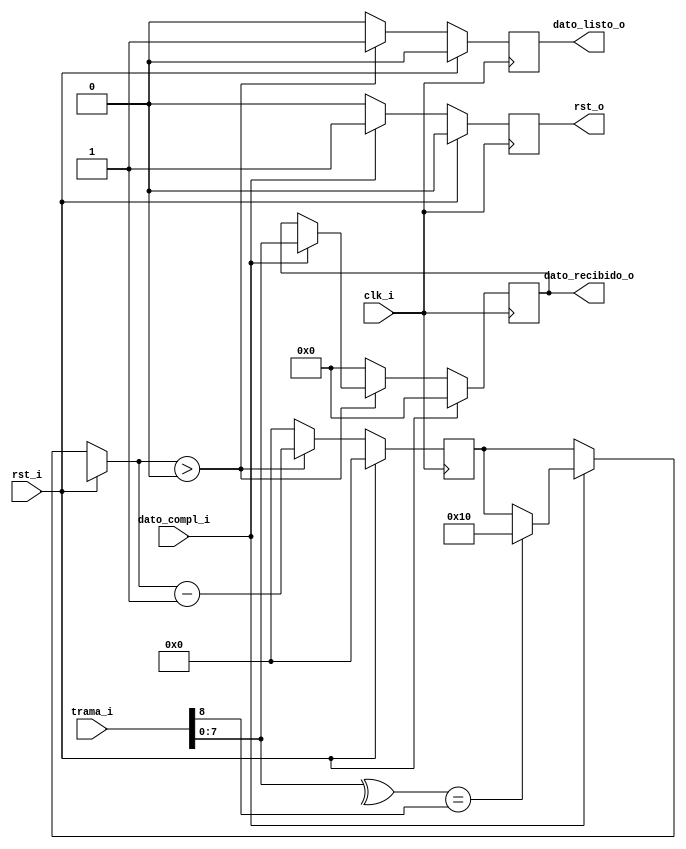
`timescale 1ns / 1ps
//////////////////////////////////////////////////////////////////////////////////
module check_dato(
     input [9:0] trama_i,
     input dato_compl_i,
     input rst_i,
     input clk_i,
     output [7:0] dato_recibido_o,
     output dato_listo_o,
     output rst_o
);
 
    reg [7:0] trama_aux;    
    reg dato_listo_aux;
    reg rst_aux;
    reg flag_error;
    reg [4:0] count;

    assign dato_recibido_o = trama_aux;
    assign dato_listo_o = dato_listo_aux;
    assign rst_o = rst_aux;

    always @(posedge clk_i) begin
        //Seal de reset.
        if(rst_i)begin
            count      = 0;
            trama_aux  = 0;
            flag_error = 0;
            rst_aux    = 0;
            dato_listo_aux =0;
        end else begin            
            //En caso de no recibir solicitud de envo
            if(!dato_compl_i)begin                        
                rst_aux     = 0;
                flag_error  = 0;          
            //Si recib solicitud de envo de dato entonces se procede a chequear el dato y habilitar nuevamente el receptor
            end else begin
                flag_error = ( trama_i[9] == 0 )              ? 1 : 0;   //bit stop
                trama_aux  = {trama_i[7:0]};                             //Paridad
                flag_error = ( (^trama_aux) == (trama_i[8]) ) ? 0 : 1;
                //Si flag error no indica error se procede a habilitar el envo del dato
                if(!flag_error)begin                                     
                    trama_aux      = trama_aux;
                    dato_listo_aux = 1;
                    count          = 16; //Tiempo en que dejo la trama para el contestador
                end
                //Una vez que termina el proceso de chequeo habilito nuevamente receptor con un reset general
                rst_aux = 1;                      
            end
           //Envo del dato si fue habilitado el contador. El dato permanecer habilitado durante 16 perodos de clock.
           if(count > 0) begin
                trama_aux       = trama_aux;            
                dato_listo_aux  = 1;
                count  =  count - 1;
           //Si el envo ha terminado o nunca fue habilitado mantengo por default los siguientes valores.
            end else begin
                trama_aux       = 0;
                dato_listo_aux  = 0;
                count           = 0;
            end             
        end      
    end
        
endmodule